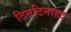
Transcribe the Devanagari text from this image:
टिनटिनाहट